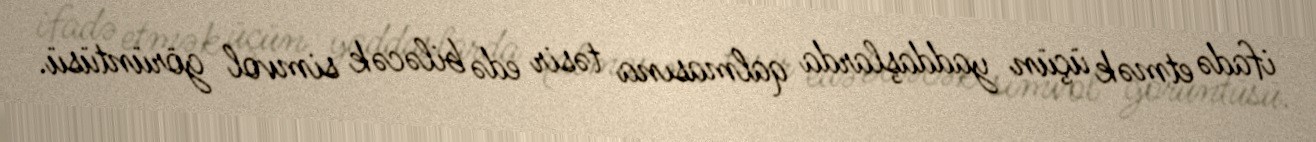
ifadə etmək üçün yaddaşlarda qalmasına təsir edə biləcək simvol görüntüsü.